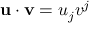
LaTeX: \mathbf { u } \cdot \mathbf { v } = u _ { j } v ^ { j }